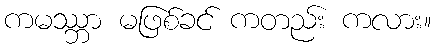
ကမဿ္ဘာ မဖြစ်ခင် ကတည်း ကလား။